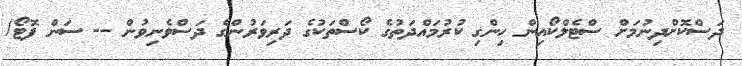
ދަސްކޮށްދިނުމަށްް ސްޓެލްކޯއިން ހިންގި ކުރުމައްދަތުގެ ކޯސްތަކުގެ ދަރިވަރުންގެ ދަސްވެނިވުން -- ސަން ފޮޓޯ/